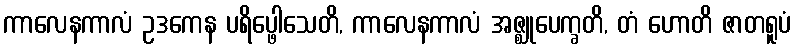
ကာလေနကာလံ ဥဒကေန ပရိပ္ဖေါသေတိ, ကာလေနကာလံ အဇ္ဈုပေက္ခတိ, တံ ဟောတိ ဇာတရူပံ